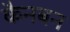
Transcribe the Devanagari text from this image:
कैनबन